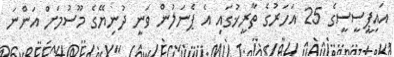
އައިޕީސީސީގެ 25 އަހަރުގެ ތާރީޚުގައި އެ ޕެނަލުން ވަނީ ދުނިޔޭގެ މޫސުމަށް އަންނަ